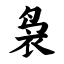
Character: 袅